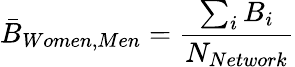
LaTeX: \bar{B}_{Women,Men}=\frac{\sum_{i}B_{i}}{N_{Network}}